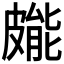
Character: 𭽳